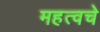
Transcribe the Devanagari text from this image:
महत्वचे